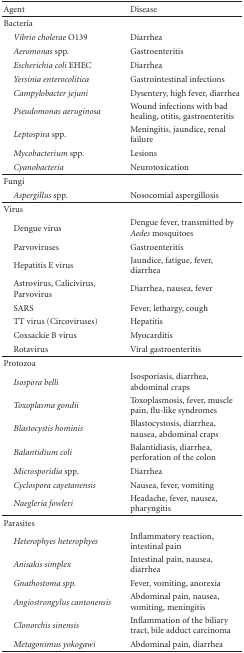
| Agent | Disease |
 | --- | --- |
 | Bacteria |  |
 | Vibrio cholerae O139 | Diarrhea |
 | Aeromonas spp. | Gastroenteritis |
 | Escherichia coli EHEC | Diarrhea |
 | Yersinia enterocolitica | Gastrointestinal infections |
 | Campylobacter jejuni | Dysentery, high fever, diarrhea |
 | Pseudomonas aeruginosa | Wound infections with bad healing, otitis, gastroenteritis |
 | Leptospira spp. | Meningitis, jaundice, renal failure |
 | Mycobacterium spp. | Lesions |
 | Cyanobacteria | Neurotoxication |
 | Fungi |  |
 | Aspergillus spp. | Nosocomial aspergillosis |
 | Virus |  |
 | Dengue virus | Dengue fever, transmitted by Aedes mosquitoes |
 | Parvoviruses | Gastroenteritis |
 | Hepatitis E virus | Jaundice, fatigue, fever, diarrhea |
 | Astrovirus, Calicivirus, Parvovirus | Diarrhea, nausea, fever |
 | SARS | Fever, lethargy, cough |
 | TT virus (Circoviruses) | Hepatitis |
 | Coxsackie B virus | Myocarditis |
 | Rotavirus | Viral gastroenteritis |
 | Protozoa |  |
 | Isospora belli | Isosporiasis, diarrhea, abdominal craps |
 | Toxoplasma gondii | Toxoplasmosis, fever, muscle pain, flu-like syndromes |
 | Blastocystis hominis | Blastocystosis, diarrhea, nausea, abdominal craps |
 | Balantidium coli | Balantidiasis, diarrhea, perforation of the colon |
 | Microsporidia spp. | Diarrhea |
 | Cyclospora cayetanensis | Nausea, fever, vomiting |
 | Naegleria fowleri | Headache, fever, nausea, pharyngitis |
 | Parasites |  |
 | Heterophyes heterophyes | Inflammatory reaction, intestinal pain |
 | Anisakis simplex | Intestinal pain, nausea, diarrhea |
 | Gnathostoma spp. | Fever, vomiting, anorexia |
 | Angiostrongylus cantonensis | Abdominal pain, nausea, vomiting, meningitis |
 | Clonorchis sinensis | Inflammation of the biliary tract, bile adduct carcinoma |
 | Metagonimus yokogawi | Abdominal pain, diarrhea |